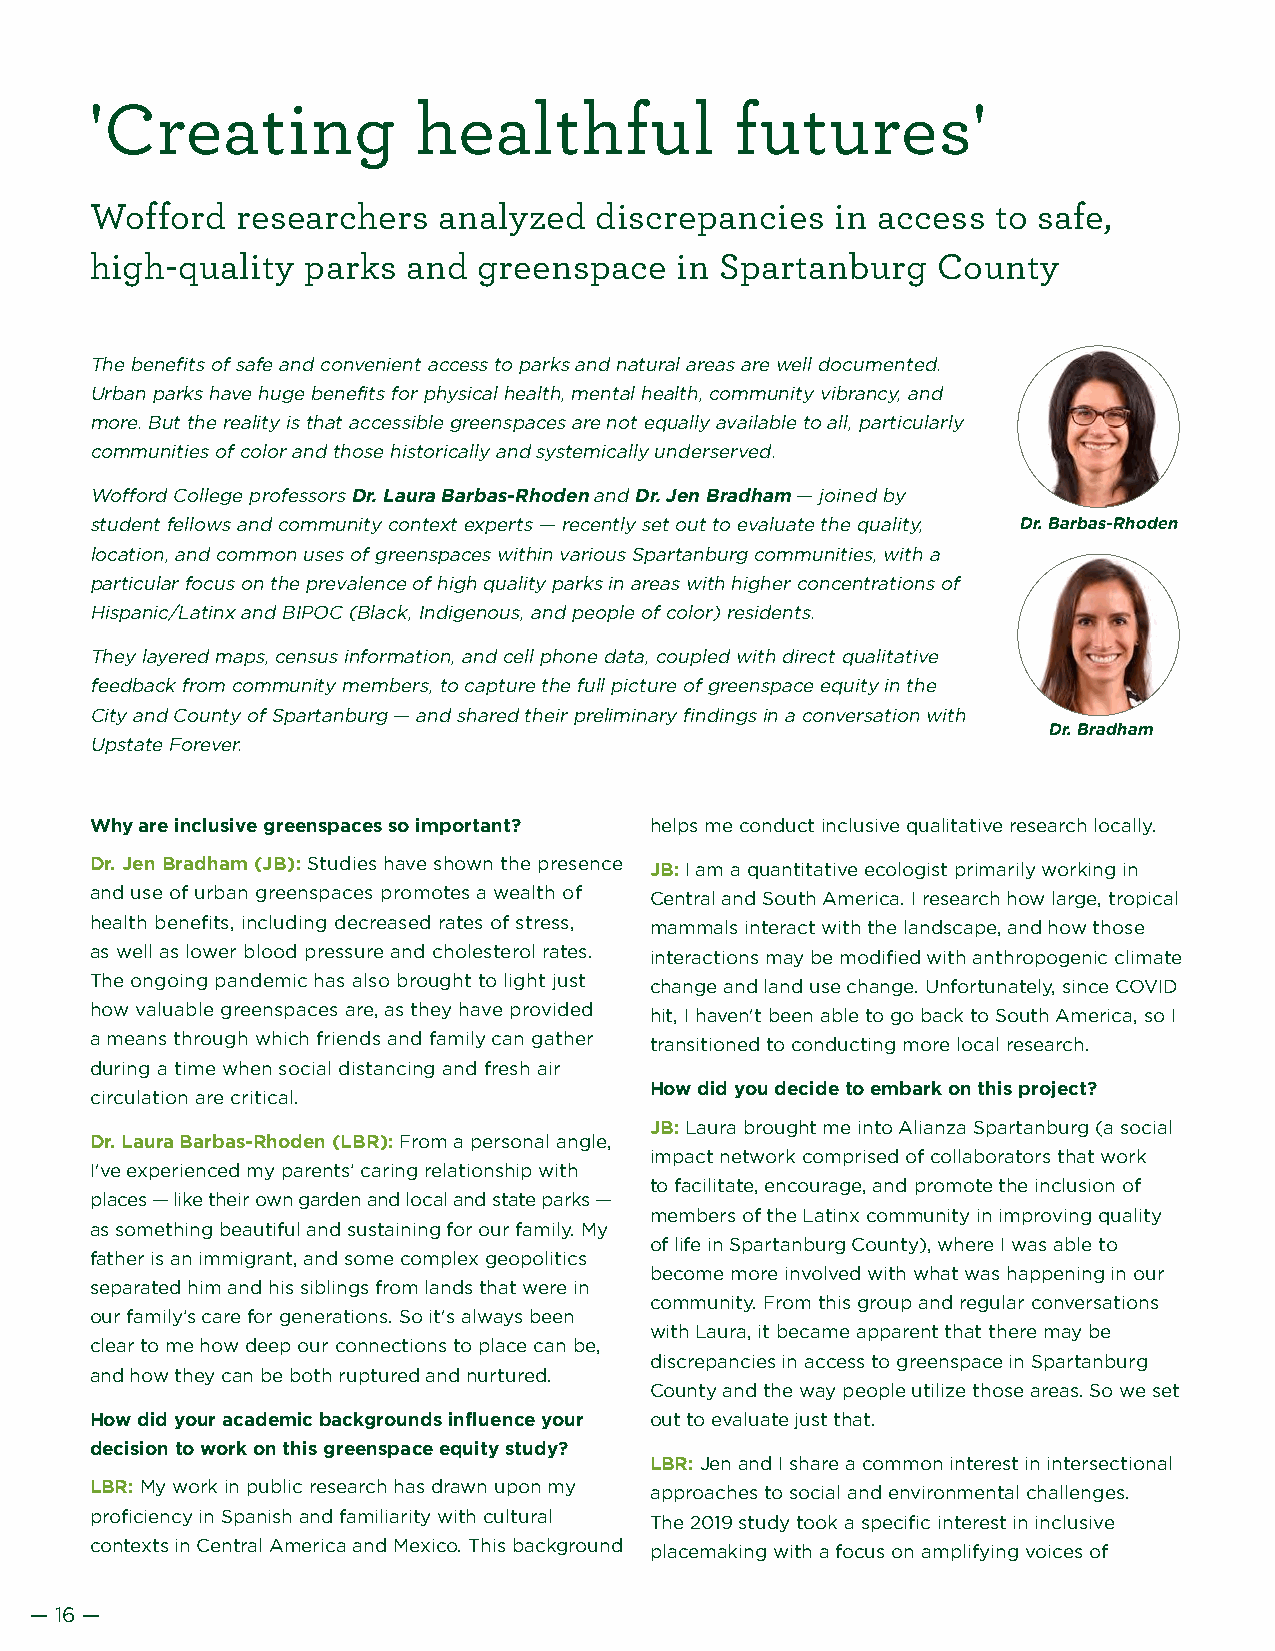
'Creating             healthful            futures'
 Wofford   researchers  analyzed  discrepancies   in access  to safe,
 high-quality  parks  and  greenspace   in Spartanburg   County
 The benefits of safe and convenient access to parks and natural areas are well documented.
 Urban parks have huge benefits for physical health, mental health, community vibrancy, and
 more. But the reality is that accessible greenspaces are not equally available to all, particularly
 communities of color and those historically and systemically underserved.
 Wofford College professors Dr. Laura Barbas-Rhoden and Dr. Jen Bradham — joined by
 student fellows and community context experts — recently set out to evaluate the quality, Dr. Barbas-Rhoden
 location, and common uses of greenspaces within various Spartanburg communities, with a
 particular focus on the prevalence of high quality parks in areas with higher concentrations of
 Hispanic/Latinx and BIPOC (Black, Indigenous, and people of color) residents.
 They layered maps, census information, and cell phone data, coupled with direct qualitative
 feedback from community members, to capture the full picture of greenspace equity in the
 City and County of Spartanburg — and shared their preliminary findings in a conversation with
 Dr. Bradham
 Upstate Forever.
 Why are inclusive greenspaces so important? helps me conduct inclusive qualitative research locally.
 Dr. Jen Bradham (JB): Studies have shown the presence JB: I am a quantitative ecologist primarily working in
 and use of urban greenspaces promotes a wealth of Central and South America. I research how large, tropical
 health benefits, including decreased rates of stress, mammals interact with the landscape, and how those
 as well as lower blood pressure and cholesterol rates. interactions may be modified with anthropogenic climate
 The ongoing pandemic has also brought to light just change and land use change. Unfortunately, since COVID
 how valuable greenspaces are, as they have provided hit, I haven't been able to go back to South America, so I
 a means through which friends and family can gather transitioned to conducting more local research.
 during a time when social distancing and fresh air
 How did you decide to embark on this project?
 circulation are critical.
 JB: Laura brought me into Alianza Spartanburg (a social
 Dr. Laura Barbas-Rhoden (LBR): From a personal angle,
 impact network comprised of collaborators that work
 I've experienced my parents’ caring relationship with
 to facilitate, encourage, and promote the inclusion of
 places — like their own garden and local and state parks —
 members of the Latinx community in improving quality
 as something beautiful and sustaining for our family. My
 of life in Spartanburg County), where I was able to
 father is an immigrant, and some complex geopolitics
 become more involved with what was happening in our
 separated him and his siblings from lands that were in
 community. From this group and regular conversations
 our family’s care for generations. So it's always been
 with Laura, it became apparent that there may be
 clear to me how deep our connections to place can be,
 discrepancies in access to greenspace in Spartanburg
 and how they can be both ruptured and nurtured.
 County and the way people utilize those areas. So we set
 How did your academic backgrounds influence your out to evaluate just that.
 decision to work on this greenspace equity study?
 LBR: Jen and I share a common interest in intersectional
 LBR: My work in public research has drawn upon my approaches to social and environmental challenges.
 proficiency in Spanish and familiarity with cultural The 2019 study took a specific interest in inclusive
 contexts in Central America and Mexico. This background placemaking with a focus on amplifying voices of
 — 16 —